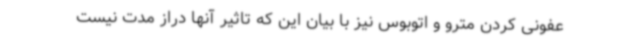
عفونی کردن مترو و اتوبوس نیز با بیان این که تاثیر آنها دراز مدت نیست